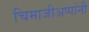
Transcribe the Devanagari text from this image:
चिमाजीअप्पांनी